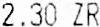
2.30 ZR